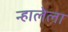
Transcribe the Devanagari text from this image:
न्हालेला